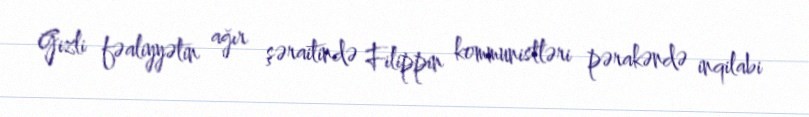
Gizli fəaliyyətin ağır şəraitində Filippin kommunistləri pərakəndə inqilabi